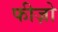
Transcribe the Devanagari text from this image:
फीज़ो